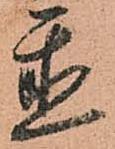
置